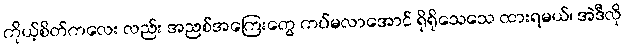
ကိုယ့်စိတ်ကလေး လည်း အညစ်အကြေးတွေ ကပ်မလာအောင် ရိုရိုသေသေ ထားရမယ်၊ အဲဒီလို